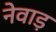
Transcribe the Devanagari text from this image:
नेवाड़